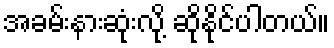
အခမ်းနားဆုံးလို့ ဆိုနိုင်ပါတယ်။